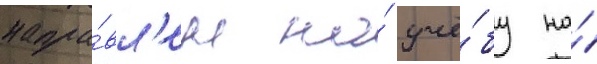
напра́вл'ен на́ учё́бу на́